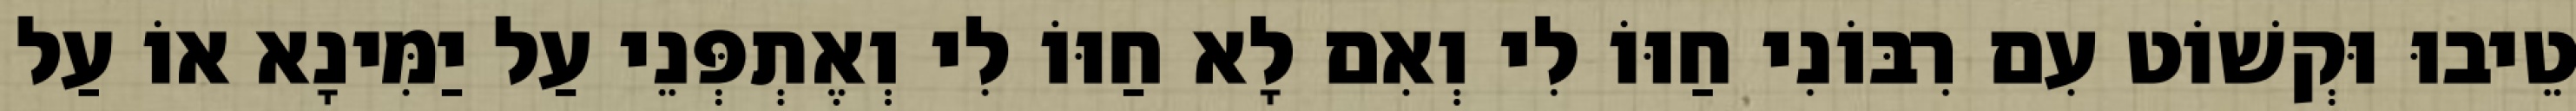
טֵיבוּ וּקְשׁוֹט עִם רִבּוֹנִי חַוּוֹ לִי וְאִם לָא חַוּוֹ לִי וְאֶתְפְּנֵי עַל יַמִּינָא אוֹ עַל